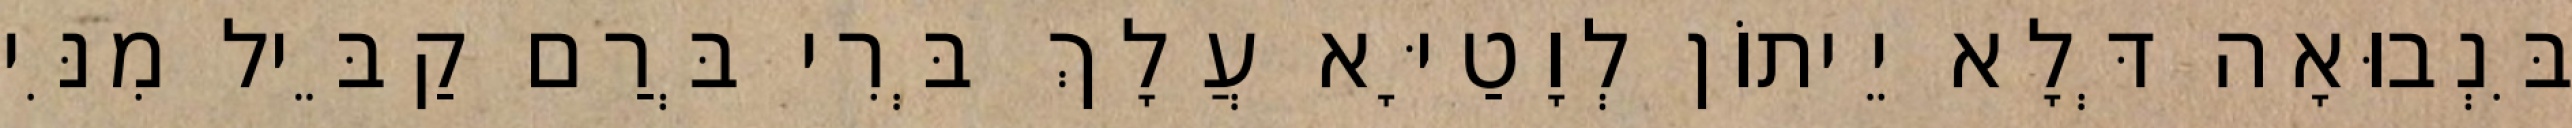
בִּנְבוּאָה דְּלָא יֵיתוֹן לְוָטַיָּא עֲלָךְ בְּרִי בְּרַם קַבֵּיל מִנִּי